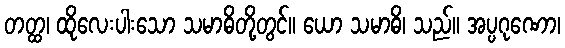
တတ္ထ၊ ထိုလေးပါးသော သမာဓိတို့တွင်။ ယော သမာဓိ၊ သည်။ အပ္ပဂုဏော၊